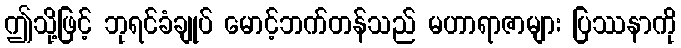
ဤသို့ဖြင့် ဘုရင်ခံချုပ် မောင့်ဘက်တန်သည် မဟာရာဇာများ ပြဿနာကို